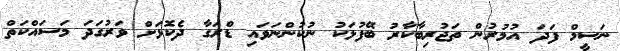
ނަސީމް ފަދަ އުމުރުން ތަޖުރިބާކާރު ބޭފުޅަކު ނުކުންނަވައި ޑްރަގާ ދެކޮޅަށް ވަރުގަދަ މަސައްކަތް